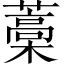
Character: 藁